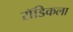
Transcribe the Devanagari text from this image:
रॉडिकला